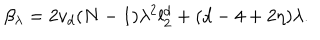
\beta _ { \lambda } = 2 v _ { d } ( N - 1 ) \lambda ^ { 2 } l _ { 2 } ^ { d } + ( d - 4 + 2 \eta ) \lambda .